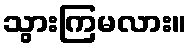
သွားကြမလား။